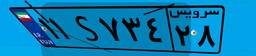
۶۴S۰۷۸۷۹